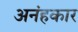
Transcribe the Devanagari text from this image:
अनंहकार